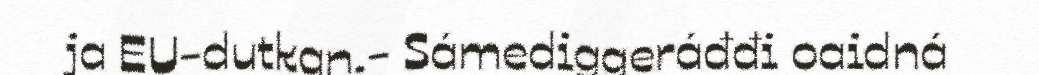
ja EU-dutkan.- Sámediggeráđđi oaidná